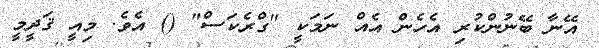
އޭނާ ބޭނުންކުރި އެހެން އެއް ނަމަކީ "ގްރެކަސް" () އެވެ. މިއީ ޤަދީމީ